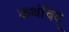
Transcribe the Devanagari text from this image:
कथंचिद्